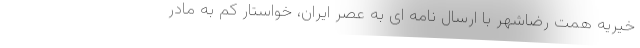
خیریه همت رضاشهر با ارسال نامه ای به عصر ایران، خواستار کم به مادر